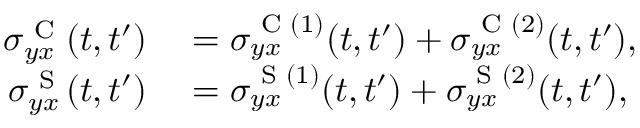
\begin{array} { r l } { \sigma _ { y x } ^ { \textrm { C } } ( t , t ^ { \prime } ) } & { { } = \sigma _ { y x } ^ { \textrm { C } ( 1 ) } ( t , t ^ { \prime } ) + \sigma _ { y x } ^ { \textrm { C } ( 2 ) } ( t , t ^ { \prime } ) , } \\ { \sigma _ { y x } ^ { \textrm { S } } ( t , t ^ { \prime } ) } & { { } = \sigma _ { y x } ^ { \textrm { S } ( 1 ) } ( t , t ^ { \prime } ) + \sigma _ { y x } ^ { \textrm { S } ( 2 ) } ( t , t ^ { \prime } ) , } \end{array}